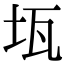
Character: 𤬪